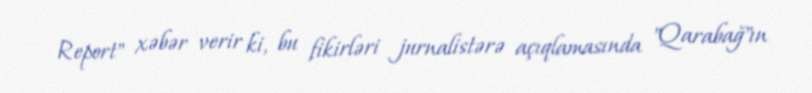
Report" xəbər verir ki, bu fikirləri jurnalistərə açıqlamasında "Qarabağ"ın